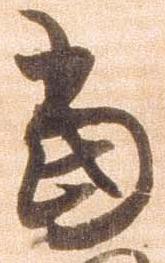
当